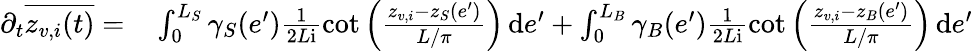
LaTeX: \begin{array}{rl}{\partial_{t}\overline{{z_{v,i}(t)}}=}&{{}\int_{0}^{L_{S}}\gamma_{S}(e^{\prime})\frac 1{2L\mathrm{i}}\cot\Big(\frac{z_{v,i}-z_{S}(e^{\prime})}{L/\pi}\Big)\, \mathrm{d}e^{\prime}+\int_{0}^{L_{B}}\gamma_{B}(e^{\prime})\frac 1{2L\mathrm{i}}\cot\Big(\frac{z_{v,i}-z_{B}(e^{\prime})}{L/\pi}\Big)\, \mathrm{d}e^{\prime}}\end{array}